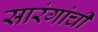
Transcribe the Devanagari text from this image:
सारंगांची